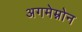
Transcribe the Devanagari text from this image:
अगमेम्नोन